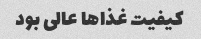
کیفیت غذاها عالی بود